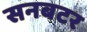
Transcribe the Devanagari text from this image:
सनबटर